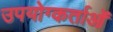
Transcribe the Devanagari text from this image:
उपयोग्कर्ताओं